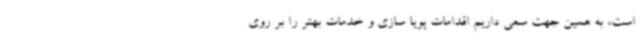
است، به همین جهت سعی داریم اقدامات پویا سازی و خدمات بهتر را بر روی